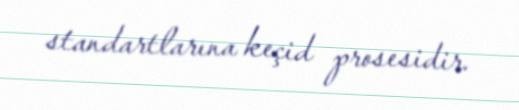
standartlarına keçid prosesidir.